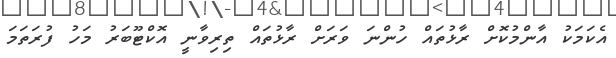
އެކަމަކު އާންމުކޮށް ރާޅުތައް ހުންނަ ވަރަށް ރާޅުތައް ތިރިވާނީ އޮކްޓޫބަރު މަހު ފުރަތަމަ